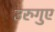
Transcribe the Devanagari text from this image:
उरुगुए